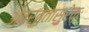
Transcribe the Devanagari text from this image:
अ॑वर्त॒तासु॒रेकः॒